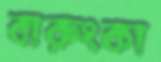
বারুংকা